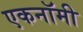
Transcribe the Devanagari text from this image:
एकनॉमी